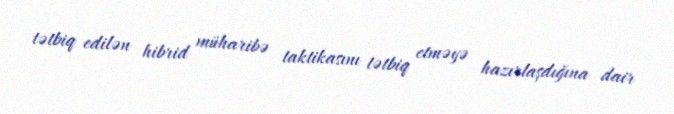
tətbiq edilən hibrid müharibə taktikasını tətbiq etməyə hazırlaşdığına dair